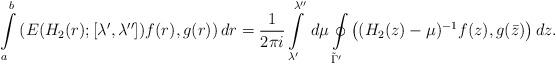
LaTeX: \begin{align*}\int\limits_a^b \left(E(H_2(r);[\lambda',\lambda''])f(r),g(r)\right)dr=\frac{1}{2\pi i}\int\limits_{\lambda'}^{\lambda''}\,d\mu\oint\limits_{\tilde\Gamma'}\left((H_2(z)-\mu)^{-1}f(z),g(\bar z)\right)dz.\end{align*}